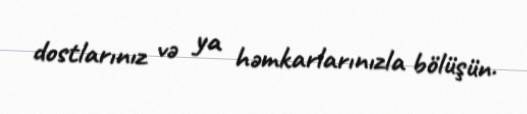
dostlarınız və ya həmkarlarınızla bölüşün.